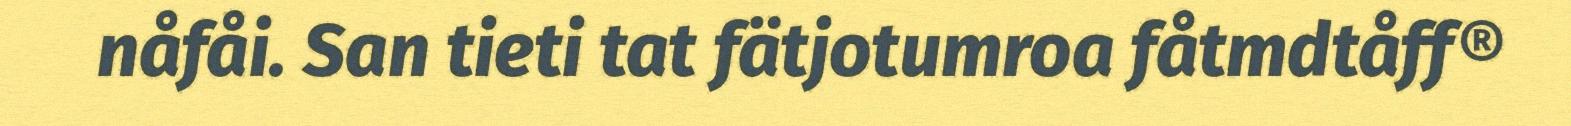
nåfåi. San tieti tat fätjotumroa fåtmdtåff®